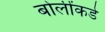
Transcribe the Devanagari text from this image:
बोलींकडे